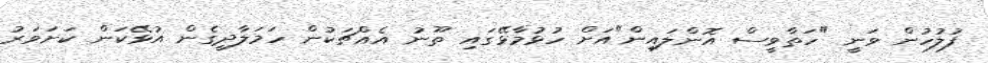
ފުލުހުން ވަނީ "ހަތާވީސް އޮންލައިން"އަށް ހުޅުމާޅޭގައި ތޫނު އެއްޗަކުން ހަމަލާދީގެން އުޅޭކަން ކަށަވަރު